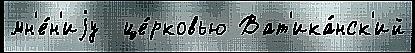
мн'е́н'иjу  це́рковью Ват'ика́нск'ий